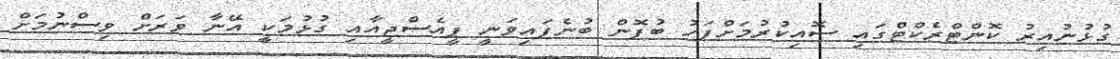
ގުޅުނުއިރު ކޮންޓްރެކްޓްގައި ސޮއިކުރުމަށްފަހު ބުފޮން ބުނެފައިވަނީ ޕީއެސްޖީއާއި ގުޅުމަކީ އޭނާ ވަރަށް ވިސްނުމަށް